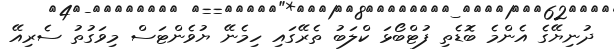
ދުނިޔޭގެ އެންމެ ބޮޑެތި ފުޓްބޯޅަ ކްލަބު ތެރޭގައި ހިމެނޭ ޔުވެންޓަސް މިވަގުތު ސެރިއޭ